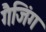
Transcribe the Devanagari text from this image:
गैजिंग